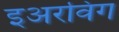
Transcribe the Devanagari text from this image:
इअरविग